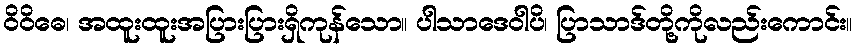
ဝိဝိဓေ၊ အထူးထူးအပြားပြားရှိကုန်သော။ ပါသာဒေဝါပိ၊ ပြာသာဒ်တို့ကိုလည်းကောင်း။